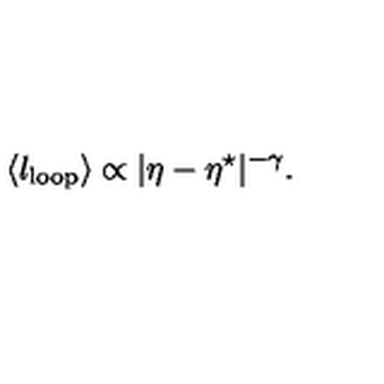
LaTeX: \langle l _ { \mathrm { l o o p } } \rangle \propto | \eta - \eta ^ { \star } | ^ { - \gamma } . \,